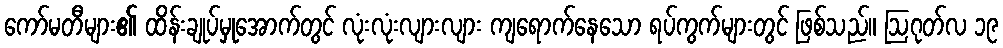
ကော်မတီများ၏ ထိန်းချုပ်မှုအောက်တွင် လုံးလုံးလျားလျား ကျရောက်နေသော ရပ်ကွက်များတွင် ဖြစ်သည်။ ဩဂုတ်လ ၁၉